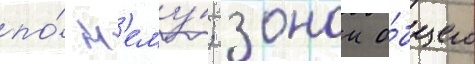
по́ н'ему́; зонои о́бщего